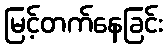
မြင့်တက်နေခြင်း